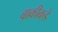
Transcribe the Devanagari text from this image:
बाकीकडे